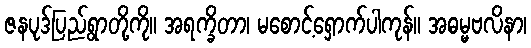
ဇနပုဒ်ပြည်ရွာတို့ကို။ အရက္ခိတာ၊ မစောင့်ရှောက်ပါကုန်။ အဓမ္မဗလိနာ၊